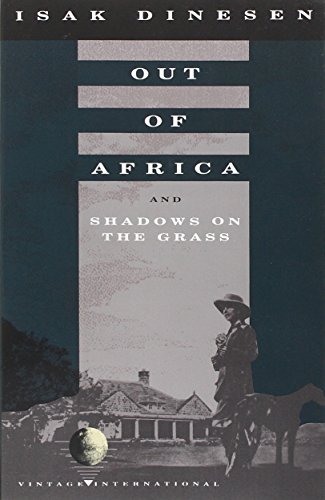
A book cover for Out of Africa: and Shadows on the Grass; Isak Dinesen; Travel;